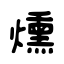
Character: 燻